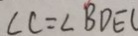
\angle C = \angle B D E (